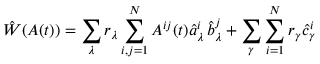
\hat { W } ( A ( t ) ) = \sum _ { \lambda } r _ { \lambda } \sum _ { i , j = 1 } ^ { N } A ^ { i j } ( t ) \hat { a } _ { \lambda } ^ { i } \, \hat { b } _ { \lambda } ^ { j } + \sum _ { \gamma } \sum _ { i = 1 } ^ { N } r _ { \gamma } \hat { c } _ { \gamma } ^ { i }